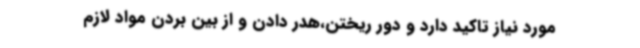
مورد نیاز تاکید دارد و دور ریختن،هدر دادن و از بین بردن مواد لازم